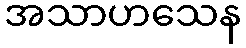
အသာဟသေန